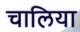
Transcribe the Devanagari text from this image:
चालिया